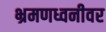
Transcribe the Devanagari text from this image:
भ्रमणध्वनीवर